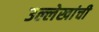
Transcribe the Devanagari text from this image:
उल्लेखांची